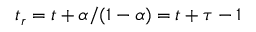
t _ { r } = t + \alpha / ( 1 - \alpha ) = t + \tau - 1